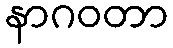
နာဂဝတာ